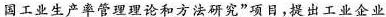
国工业生产率管理理论和方法研究”项目，提出工业企业